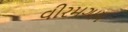
વીરમગામ